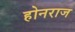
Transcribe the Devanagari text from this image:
होनराज